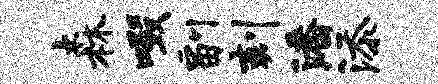
森啜副刻潘添